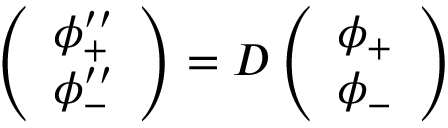
\left( \begin{array} { c } { \phi _ { + } ^ { \prime \prime } } \\ { \phi _ { - } ^ { \prime \prime } } \end{array} \right) = D \left( \begin{array} { c } { \phi _ { + } } \\ { \phi _ { - } } \end{array} \right)